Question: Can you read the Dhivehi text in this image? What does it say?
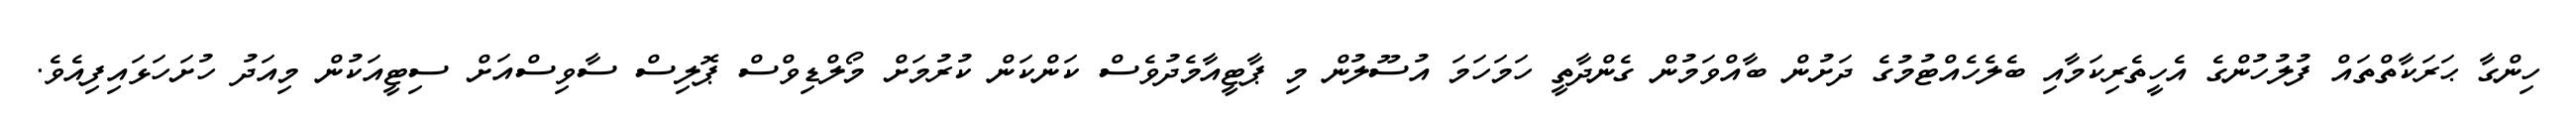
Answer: ހިންގާ ޙަރަކާތްތައް ފުލުހުންގެ އެހީތެރިކަމާއި ބެލެހެއްޓުމުގެ ދަށުން ބާއްވަމުން ގެންދާތީ ހަމަހަމަ އުސޫލުން މި ޕާޓީއާމެދުވެސް ކަންކަން ކުރުމަށް މޯލްޑިވްސް ޕޮލިސް ސާވިސްއަށް ސިޓީއަކުން މިއަދު ހުށަހަޅައިފިއެވެ.